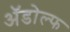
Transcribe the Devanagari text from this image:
अॅडोल्फ